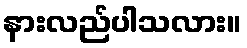
နားလည်ပါသလား။